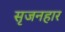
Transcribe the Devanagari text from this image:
सृजनहार